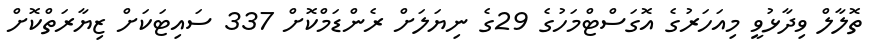
ތޮލާލް ވިދާޅުވީ މިއަހަރުގެ އޮގަސްޓްމަހުގެ 29ގެ ނިޔަލަށް ރެންޑަމްކޮށް 337 ސައިޓަކަށް ޒިޔާރަތްކޮށް